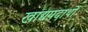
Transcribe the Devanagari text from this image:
खाद्यपदार्थो